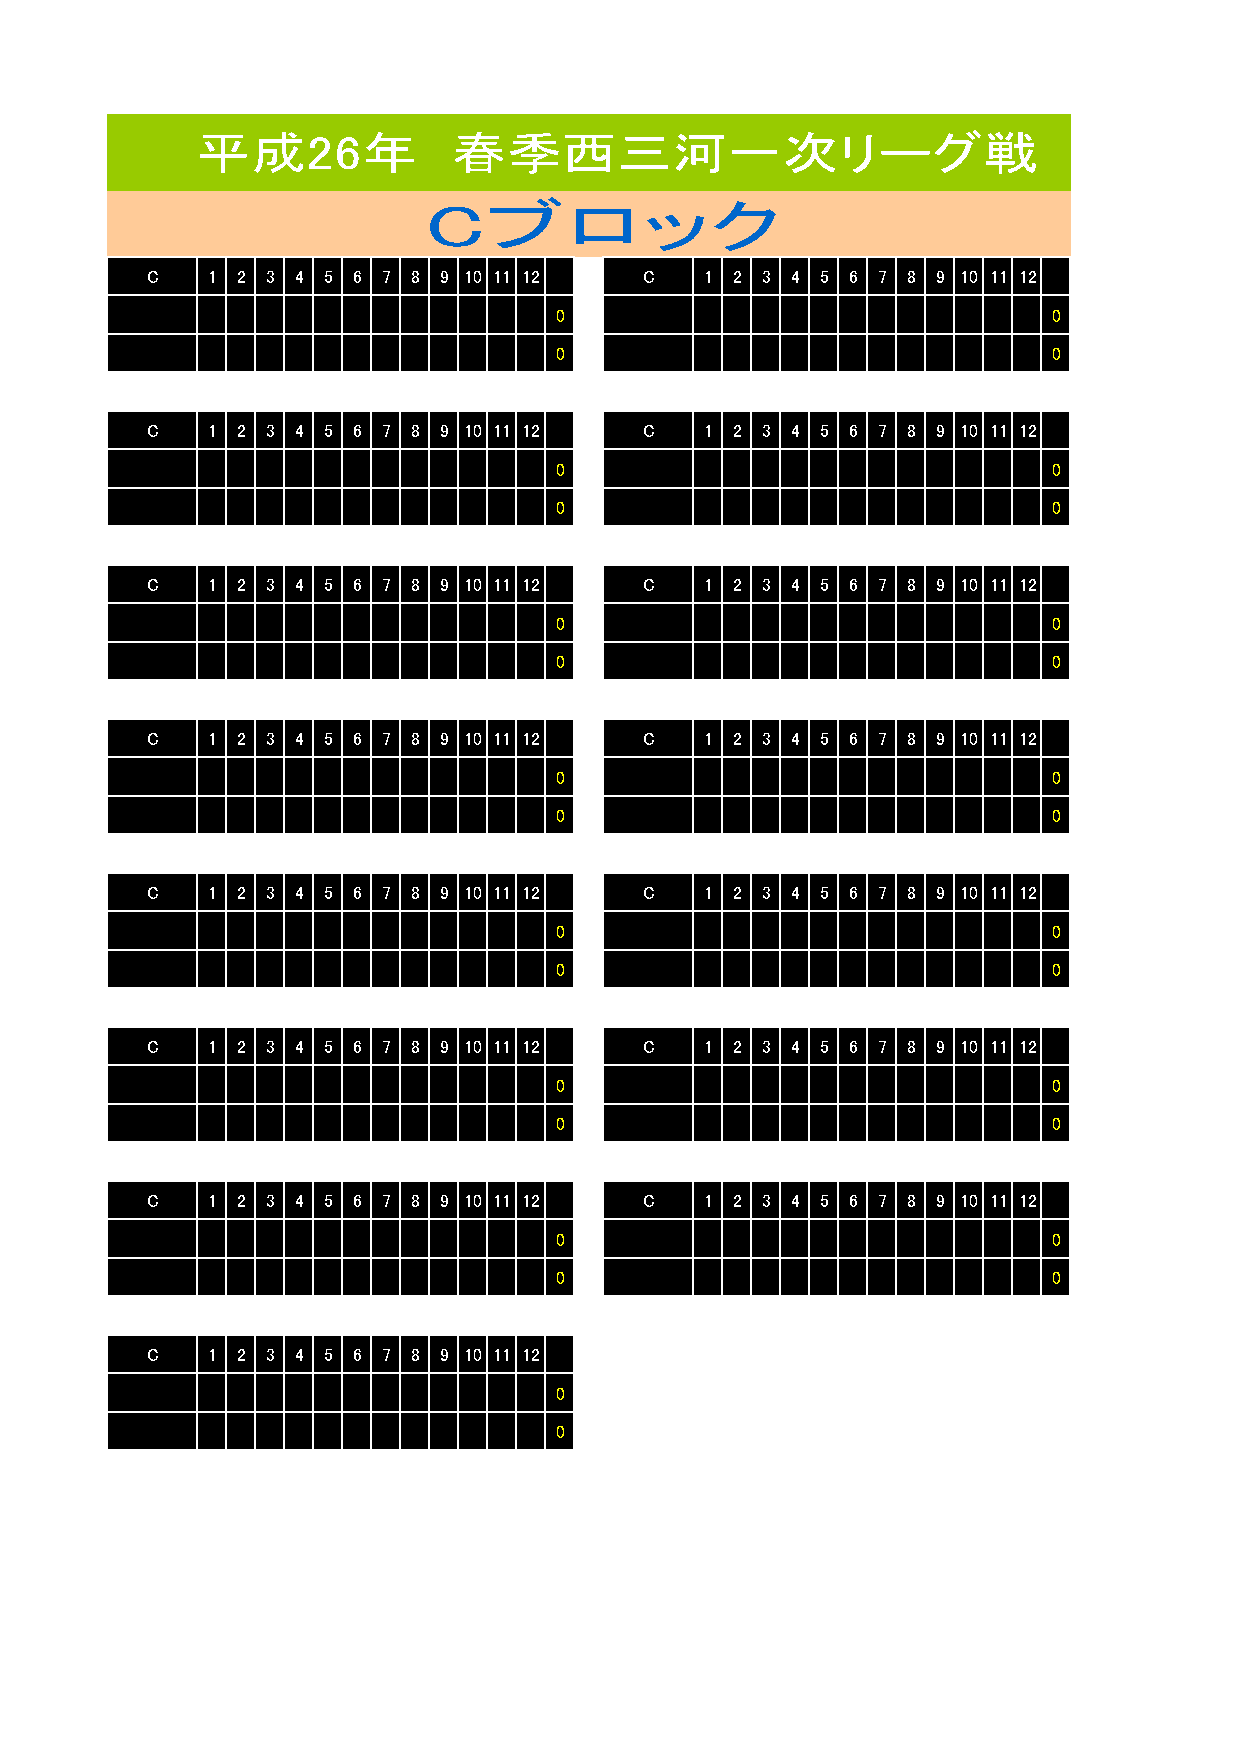
C   1 2 3 4 5 6 7 8 9 10 11 12   C   1 2 3 4 5 6 7 8 9 10 11 12
 0                                0
 0                                0
 C   1 2 3 4 5 6 7 8 9 10 11 12   C   1 2 3 4 5 6 7 8 9 10 11 12
 0                                0
 0                                0
 C   1 2 3 4 5 6 7 8 9 10 11 12   C   1 2 3 4 5 6 7 8 9 10 11 12
 0                                0
 0                                0
 C   1 2 3 4 5 6 7 8 9 10 11 12   C   1 2 3 4 5 6 7 8 9 10 11 12
 0                                0
 0                                0
 C   1 2 3 4 5 6 7 8 9 10 11 12   C   1 2 3 4 5 6 7 8 9 10 11 12
 0                                0
 0                                0
 C   1 2 3 4 5 6 7 8 9 10 11 12   C   1 2 3 4 5 6 7 8 9 10 11 12
 0                                0
 0                                0
 C   1 2 3 4 5 6 7 8 9 10 11 12   C   1 2 3 4 5 6 7 8 9 10 11 12
 0                                0
 0                                0
 C   1 2 3 4 5 6 7 8 9 10 11 12
 0
 0